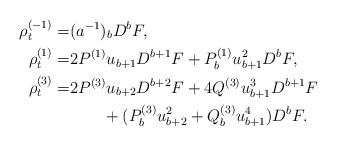
LaTeX: \begin{align*}\rho^{(-1)}_t=&(a^{-1})_bD^bF,\\\rho^{( 1)}_t=&2P^{(1)}u_{b+1}D^{b+1}F+P^{(1)}_bu_{b+1}^2D^bF,\\\rho^{( 3)}_t=& 2P^{(3)}u_{b+2}D^{b+2}F +4Q^{(3)}u_{b+1}^3D^{b+1}F\\&\quad\quad+(P^{(3)}_bu_{b+2}^2+Q^{(3)}_bu_{b+1}^4)D^{b}F .\end{align*}